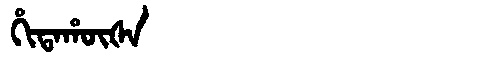
Manchu: ᡥᡳᡨᠠᡥᡡᡧᠠ
Romanization: HITAHŪŠA